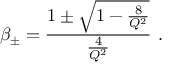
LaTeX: \beta _ { \pm } = { \frac { 1 \pm \sqrt { 1 - { \frac { 8 } { Q ^ { 2 } } } } } { \frac { 4 } { Q ^ { 2 } } } } \ .